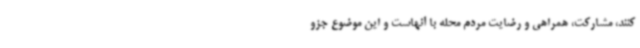
کنند، مشارکت، همراهی و رضایت مردم محله با آنهاست و این موضوع جزو